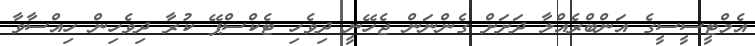
އެމްޓީސީސީގެ އަންބްރެއްލާ ދަށަށް ގެންނަން ޖެހޭނީ ދިވެހި ޓެކްސްޕޭ ކުރާ ދިވެހިން ހިއްސާވާ